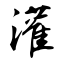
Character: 灌